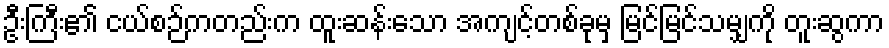
ဦးကြီး၏ ငယ်စဉ်ကတည်းက ထူးဆန်းသော အကျင့်တစ်ခုမှ မြင်မြင်သမျှကို တူးဆွကာ